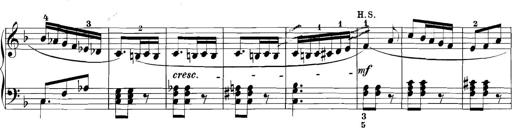
Title: 3 Sonatinas
Composer: Carl Reinecke